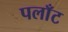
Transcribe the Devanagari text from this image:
पलाँट